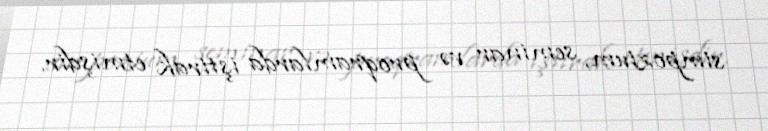
simpozium, seminar və proqramlarda iştirak etmişdir.